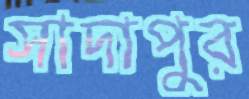
সাদাপুর